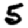
Digit: 5